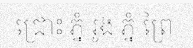
ជ្រោះ ភ្នំ រូង ភ្នំ ព្រៃ